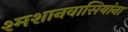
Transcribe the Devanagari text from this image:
श्मशानवासियांना